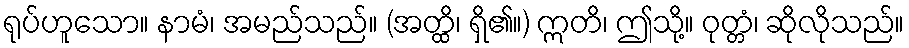
ရုပ်ဟူသော။ နာမံ၊ အမည်သည်။ (အတ္ထိ၊ ရှိ၏။) ဣတိ၊ ဤသို့။ ဝုတ္တံ၊ ဆိုလိုသည်။